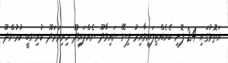
އަތޮޅުގައި 24 ފޮށި ބެހެއްޓިފައިވާއިރު ފިނޭ ނައިވާދޫ ނެއްލައިދޫ ހިރިމަރަދޫ ކުރިނބީ ކުމުންދޫ